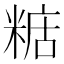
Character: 𥺨